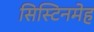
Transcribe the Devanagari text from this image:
सिस्टिनमेह